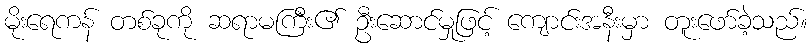
မိုးရေကန် တစ်ခုကို ဆရာမကြီး၏ ဦးဆောင်မှုဖြင့် ကျောင်းအနီးမှာ တူးဖော်ခဲ့သည်။